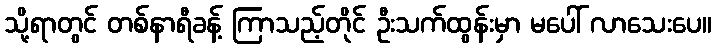
သို့ရာတွင် တစ်နာရီခန့် ကြာသည့်တိုင် ဦးသက်ထွန်းမှာ မပေါ် လာသေးပေ။